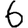
Digit: 6